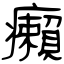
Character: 癩